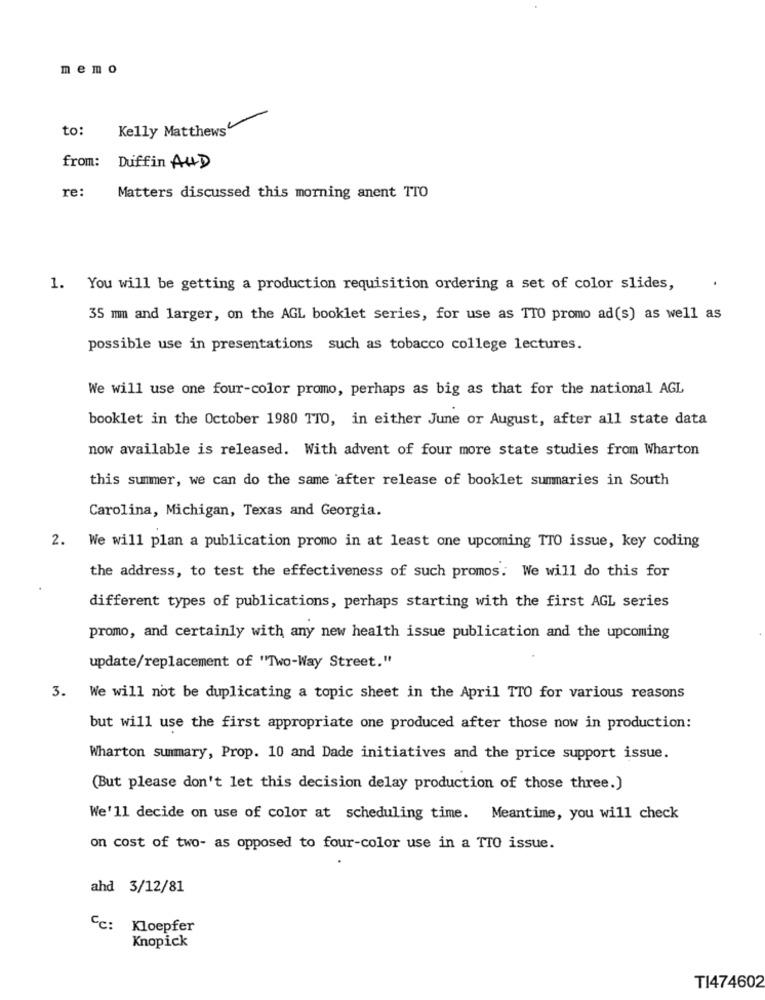
memo
to:
Kelly Matthews
from:
Duffin AND
re:
Matters discussed this morning anent TTO
1. You will be getting a production requisition ordering a set of color slides,
35 mm and larger, on the AGL booklet series, for use as TTO promo ad(s) as well as
possible use in presentations such as tobacco college lectures.
We will use one four-color promo, perhaps as big as that for the national AGL
booklet in the October 1980 TTO, in either June or August, after all state data
now available is released. With advent of four more state studies from Wharton
this summer, we can do the same after release of booklet summaries in South
Carolina, Michigan, Texas and Georgia.
2. We will plan a publication promo in at least one upcoming TTO issue, key coding
the address, to test the effectiveness of such promos. We will do this for
different types of publications, perhaps starting with the first AGL series
promo, and certainly with any new health issue publication and the upcoming
update/replacement of "Two-Way Street."
3. We will not be duplicating a topic sheet in the April TTO for various reasons
but will use the first appropriate one produced after those now in production:
Wharton summary, Prop. 10 and Dade initiatives and the price support issue.
(But please don't let this decision delay production of those three.)
We'll decide on use of color at scheduling time. Meantime, you will check
on cost of two- as opposed to four-color use in a TTO issue.
ahd 3/12/81
Cc:
Kloepfer
Knopick
TI474602